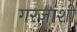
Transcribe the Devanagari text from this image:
गरजांशी